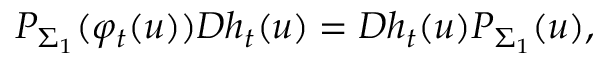
P _ { \Sigma _ { 1 } } ( \varphi _ { t } ( u ) ) D h _ { t } ( u ) = D h _ { t } ( u ) P _ { \Sigma _ { 1 } } ( u ) ,